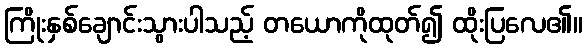
ကြိုးနှစ်ချောင်းသွားပါသည့် တယောကိုထုတ်၍ ထိုးပြလေ၏။